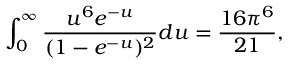
\int _ { 0 } ^ { \infty } \frac { u ^ { 6 } e ^ { - u } } { ( 1 - e ^ { - u } ) ^ { 2 } } d u = \frac { 1 6 \pi ^ { 6 } } { 2 1 } ,